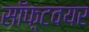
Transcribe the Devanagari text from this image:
सॉफ़्टवयर